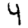
Digit: 4